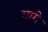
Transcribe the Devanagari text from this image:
गागे